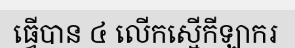
ធ្វើបាន ៤ លើកស្មើកីឡាករ